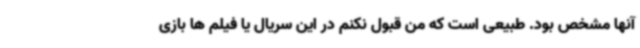
آنها مشخص بود. طبیعی است که من قبول نکنم در این سریال یا فیلم ها بازی